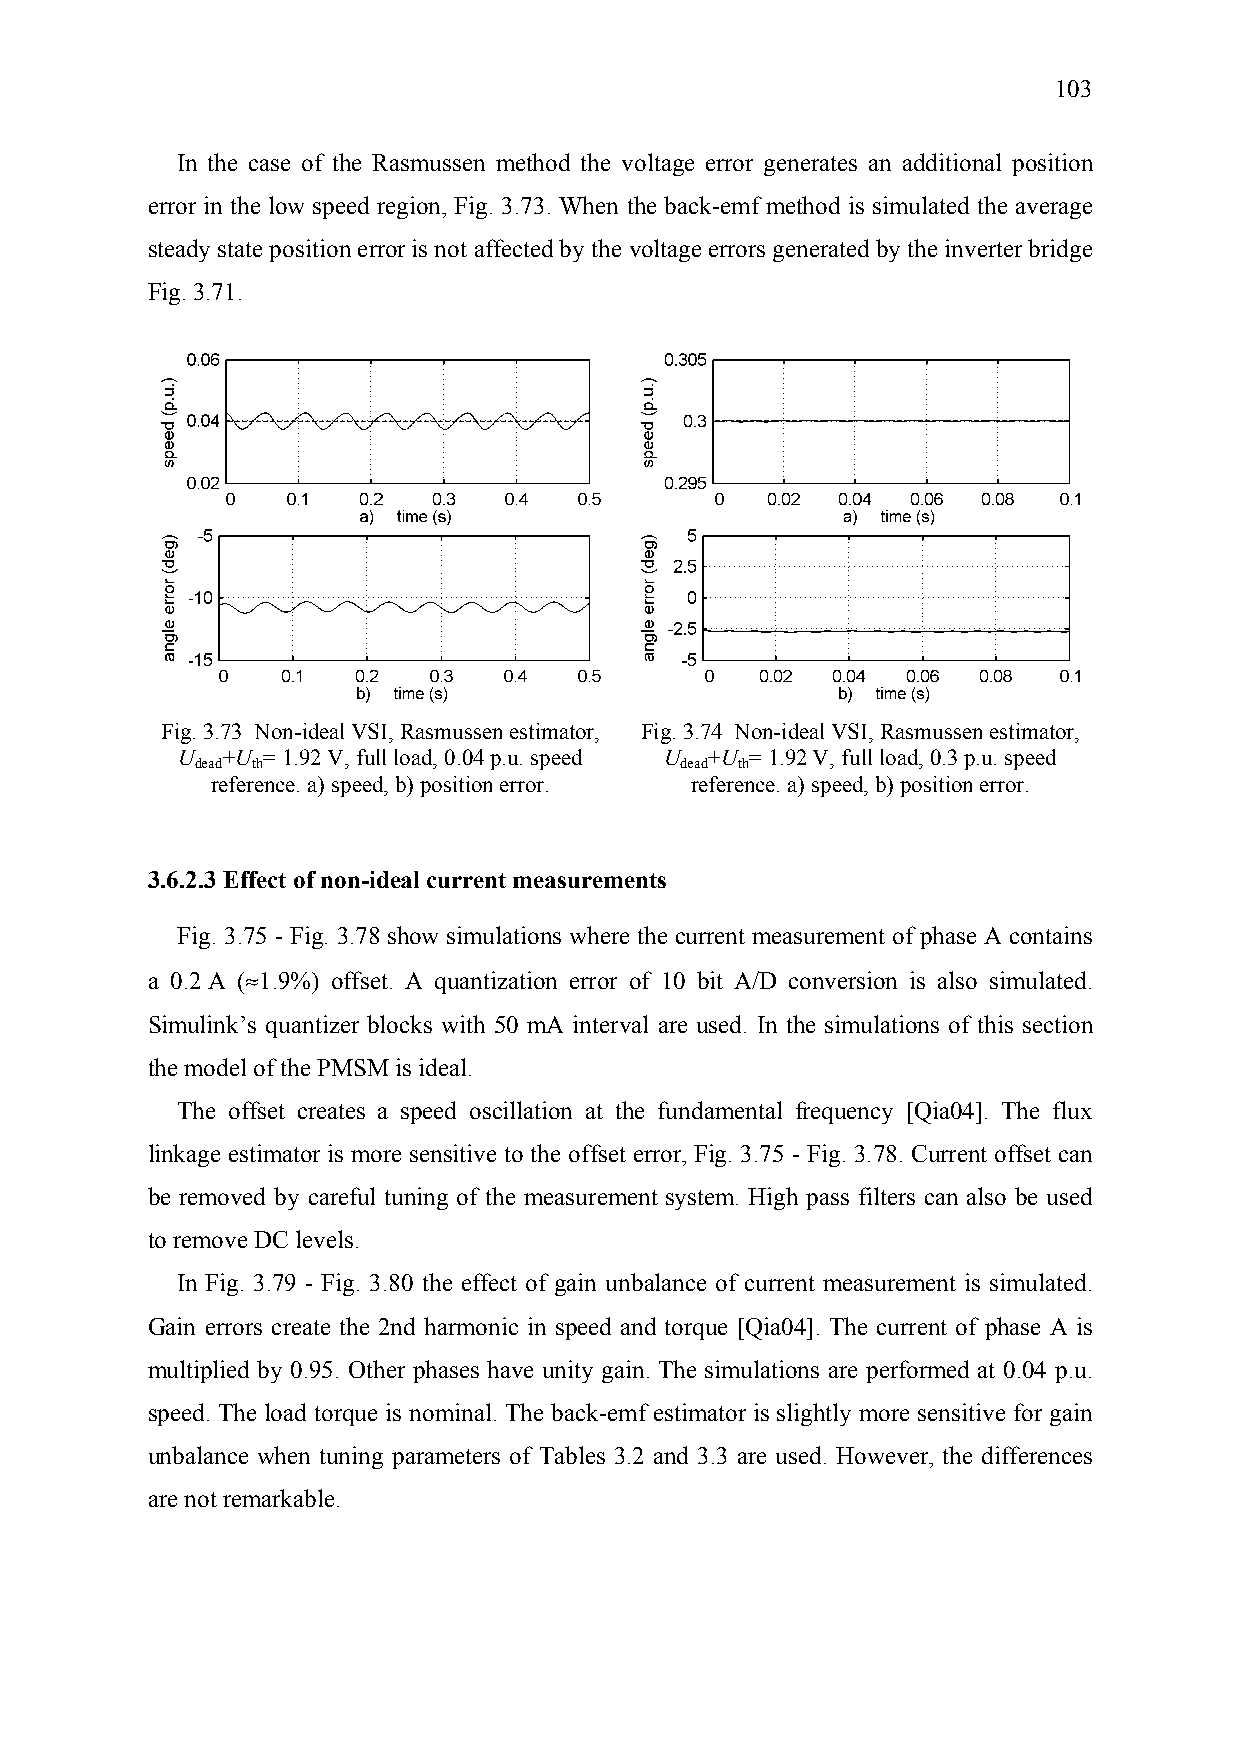
103
 In the case of the Rasmussen method the voltage error generates an additional position
 error in the low speed region, Fig. 3.73. When the back-emf method is simulated the average
 steady state position error is not affected by the voltage errors generated by the inverter bridge
 Fig. 3.71.
 Fig. 3.73 Non-ideal VSI, Rasmussen estimator, Fig. 3.74 Non-ideal VSI, Rasmussen estimator,
 U  +U = 1.92 V, full load, 0.04 p.u. speed U +U = 1.92 V, full load, 0.3 p.u. speed
 dead th                         dead th
 reference. a) speed, b) position error. reference. a) speed, b) position error.
 3.6.2.3 Effect of non-ideal current measurements
 Fig. 3.75 - Fig. 3.78 show simulations where the current measurement of phase A contains
 a 0.2 A (≈1.9%) offset. A quantization error of 10 bit A/D conversion is also simulated.
 Simulink’s quantizer blocks with 50 mA interval are used. In the simulations of this section
 the model of the PMSM is ideal.
 The offset creates a speed oscillation at the fundamental frequency [Qia04]. The flux
 linkage estimator is more sensitive to the offset error, Fig. 3.75 - Fig. 3.78. Current offset can
 be removed by careful tuning of the measurement system. High pass filters can also be used
 to remove DC levels.
 In Fig. 3.79 - Fig. 3.80 the effect of gain unbalance of current measurement is simulated.
 Gain errors create the 2nd harmonic in speed and torque [Qia04]. The current of phase A is
 multiplied by 0.95. Other phases have unity gain. The simulations are performed at 0.04 p.u.
 speed. The load torque is nominal. The back-emf estimator is slightly more sensitive for gain
 unbalance when tuning parameters of Tables 3.2 and 3.3 are used. However, the differences
 are not remarkable.